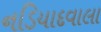
નડિયાદવાલા